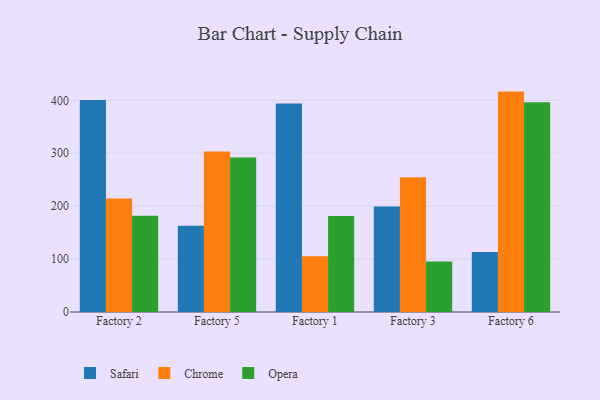
{"axis": {"x": "Factory", "y": "Customer Acquisition Cost (USD)"}, "legend": ["Chrome", "Opera", "Safari"], "data": [{"x": "Factory 2", "y": 400.8, "type": "Safari"}, {"x": "Factory 2", "y": 214.4, "type": "Chrome"}, {"x": "Factory 2", "y": 182.1, "type": "Opera"}, {"x": "Factory 5", "y": 163.1, "type": "Safari"}, {"x": "Factory 5", "y": 303.1, "type": "Chrome"}, {"x": "Factory 5", "y": 292.1, "type": "Opera"}, {"x": "Factory 1", "y": 394.2, "type": "Safari"}, {"x": "Factory 1", "y": 105.3, "type": "Chrome"}, {"x": "Factory 1", "y": 181.2, "type": "Opera"}, {"x": "Factory 3", "y": 199.2, "type": "Safari"}, {"x": "Factory 3", "y": 254.5, "type": "Chrome"}, {"x": "Factory 3", "y": 95.5, "type": "Opera"}, {"x": "Factory 6", "y": 113.6, "type": "Safari"}, {"x": "Factory 6", "y": 416.5, "type": "Chrome"}, {"x": "Factory 6", "y": 396.3, "type": "Opera"}]}